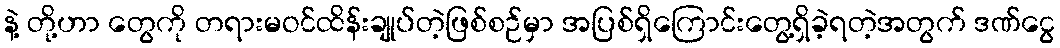
နဲ့ တို့ဟာ တွေကို တရားမဝင်ထိန်းချုပ်တဲ့ဖြစ်စဉ်မှာ အပြစ်ရှိကြောင်းတွေ့ရှိခဲ့ရတဲ့အတွက် ဒဏ်ငွေ